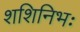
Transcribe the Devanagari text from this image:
शशिनिभः